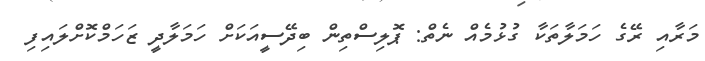
މަރާއި ރޭގެ ހަމަލާތަކާ ގުޅުމެއް ނެތް: ޕޮލިސްތިން ބިދޭސީއަކަށް ހަމަލާދީ ޒަހަމްކޮށްލައިފި